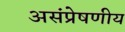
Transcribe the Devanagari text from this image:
असंप्रेषणीय